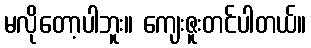
မလိုတော့ပါဘူး။ ကျေးဇူးတင်ပါတယ်။